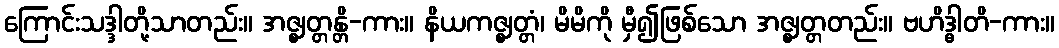
ကြောင်းသဒ္ဒါတို့သာတည်း။ အဇ္ဈတ္တန္တိ-ကား။ နိယကဇ္ဈတ္တံ၊ မိမိကို မှီ၍ဖြစ်သော အဇ္ဈတ္တတည်း။ ဗဟိဒ္ဓါတိ-ကား။